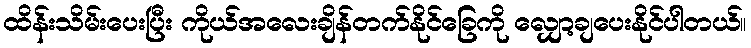
ထိန်းသိမ်းပေးပြီး ကိုယ်အလေးချိန်တက်နိုင်ခြေကို လျှော့ချပေးနိုင်ပါတယ်။